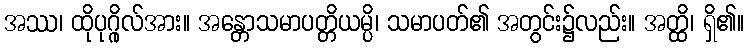
အဿ၊ ထိုပုဂ္ဂိုလ်အား။ အန္တောသမာပတ္တိယမ္ပိ၊ သမာပတ်၏ အတွင်း၌လည်း။ အတ္ထိ၊ ရှိ၏။